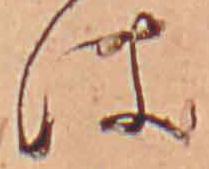
は